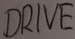
Text: DRIVE